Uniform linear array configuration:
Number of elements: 16
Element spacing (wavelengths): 0.25
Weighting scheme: binomial
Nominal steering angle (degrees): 15
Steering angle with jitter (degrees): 13.474
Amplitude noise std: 0.05
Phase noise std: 0.05

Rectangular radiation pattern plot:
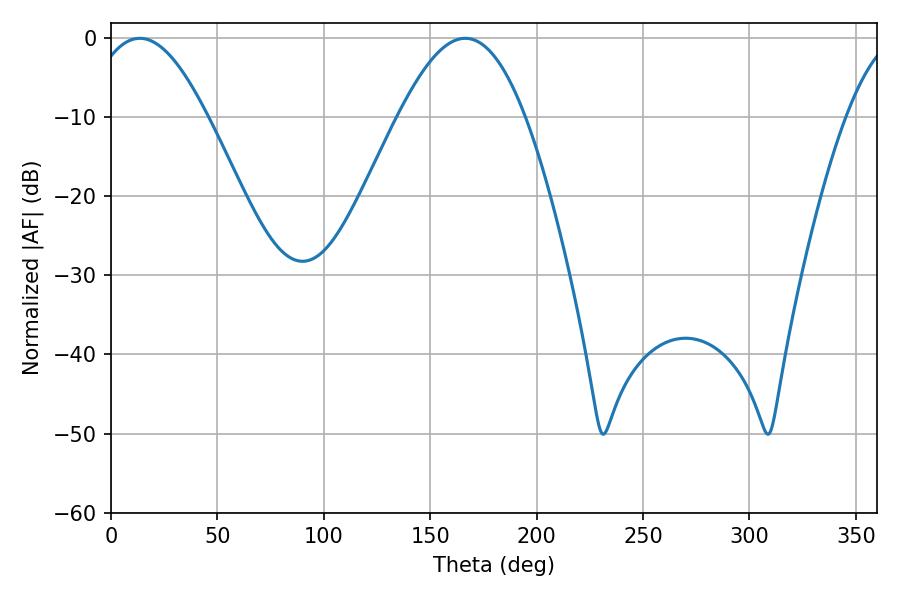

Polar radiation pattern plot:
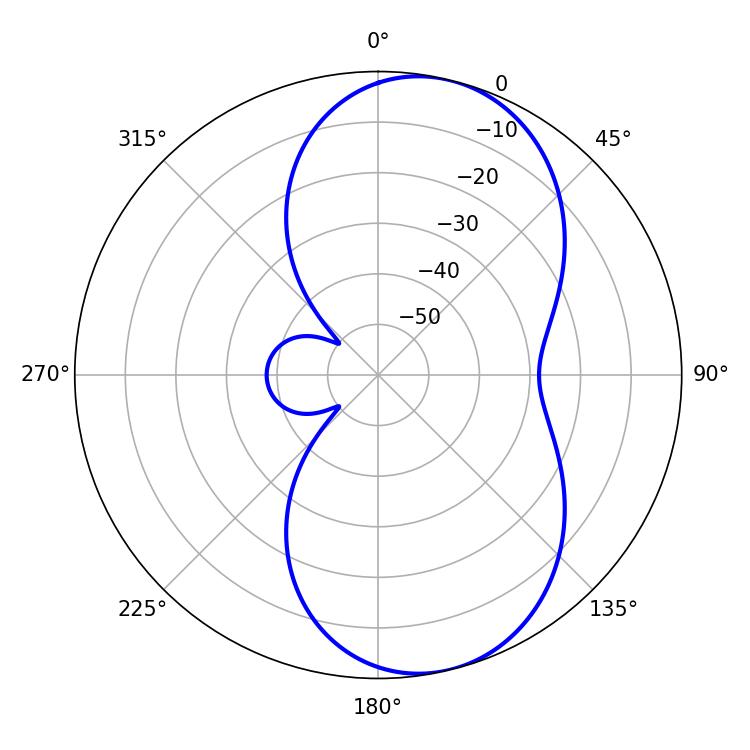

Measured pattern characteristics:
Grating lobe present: FALSE
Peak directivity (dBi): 8.158
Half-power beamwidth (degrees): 30.24
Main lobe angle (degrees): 13.5